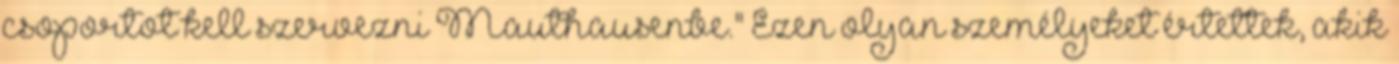
csoportot kell szervezni Mauthausenbe." Ezen olyan személyeket értettek, akik